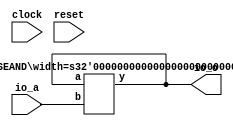
module HasCycle(
    input clock,
    input reset,
    input io_a,
    output io_o
);
    wire b;
    wire _T_5;
    BITWISEAND #(.width(1)) bitwiseand_1 (
        .y(_T_5),
        .a(b),
        .b(io_a)
    );
    assign b = _T_5;
    assign io_o = b;
endmodule //HasCycle
module BITWISEAND(y, a, b);
    parameter width = 4;
    output [width-1:0] y;
    input [width-1:0] a;
    input [width-1:0] b;
    assign y = a & b;
endmodule // BITWISEAND